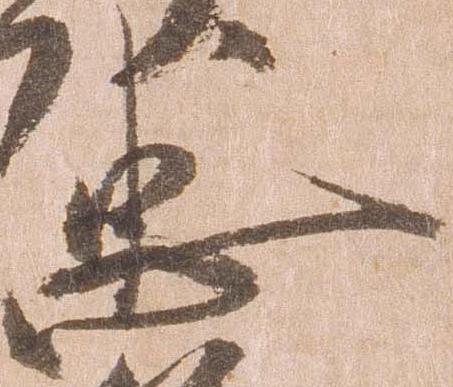
忠